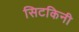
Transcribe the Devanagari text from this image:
सिटकिनी